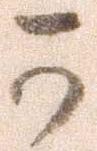
可